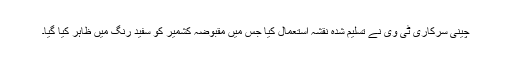
چینی سرکاری ٹی وی نے تسلیم شدہ نقشہ استعمال کیا جس میں مقبوضہ کشمیر کو سفید رنگ میں ظاہر کیا گیا۔